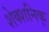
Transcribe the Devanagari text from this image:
शेक्शनिक्